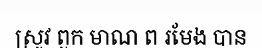
ស្រូវ ពួក មាណ ព រមែង បាន